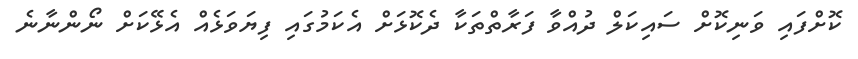
ކޮށްފައި ވަނިކޮށް ސައިކަލް ދުއްވާ ފަރާތްތަކާ ދެކޮޅަށް އެކަމުގައި ފިޔަވަޅެއް އެޅޭކަށް ނޯންނާނެ